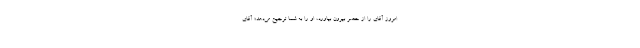
امروز آقای را از حصر بیرون بیاورد، او را به شما ترجیح می‌دهد؛ آقای